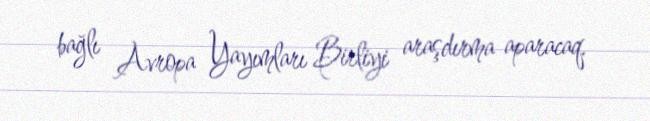
bağlı Avropa Yayımları Birliyi araşdırma aparacaq.